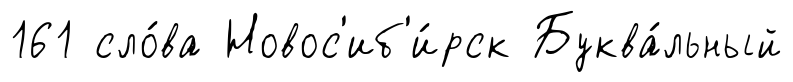
161 сло́ва Новос'иб'и́рск Буква́льный